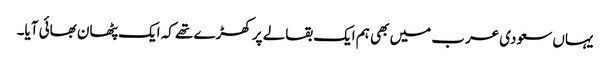
یہاں سعودی عرب میں بھی ہم ایک بقالے پر کھڑے تھے کہ ایک پٹھان بھائی آیا۔